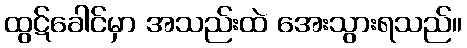
ထွဋ်ခေါင်မှာ အသည်းထဲ အေးသွားရသည်။